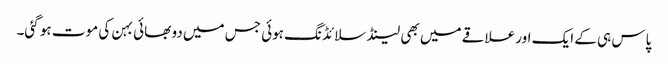
پاس ہی کے ایک اور علاقے میں بھی لینڈ سلائڈنگ ہوئی جس میں دو بھائی بہن کی موت ہو گئی۔